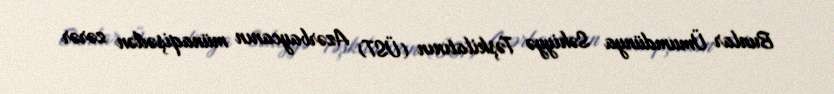
Bunlar Ümumdünya Səhiyyə Təşkilatının (ÜST) Azərbaycanın münaqişədən zərər